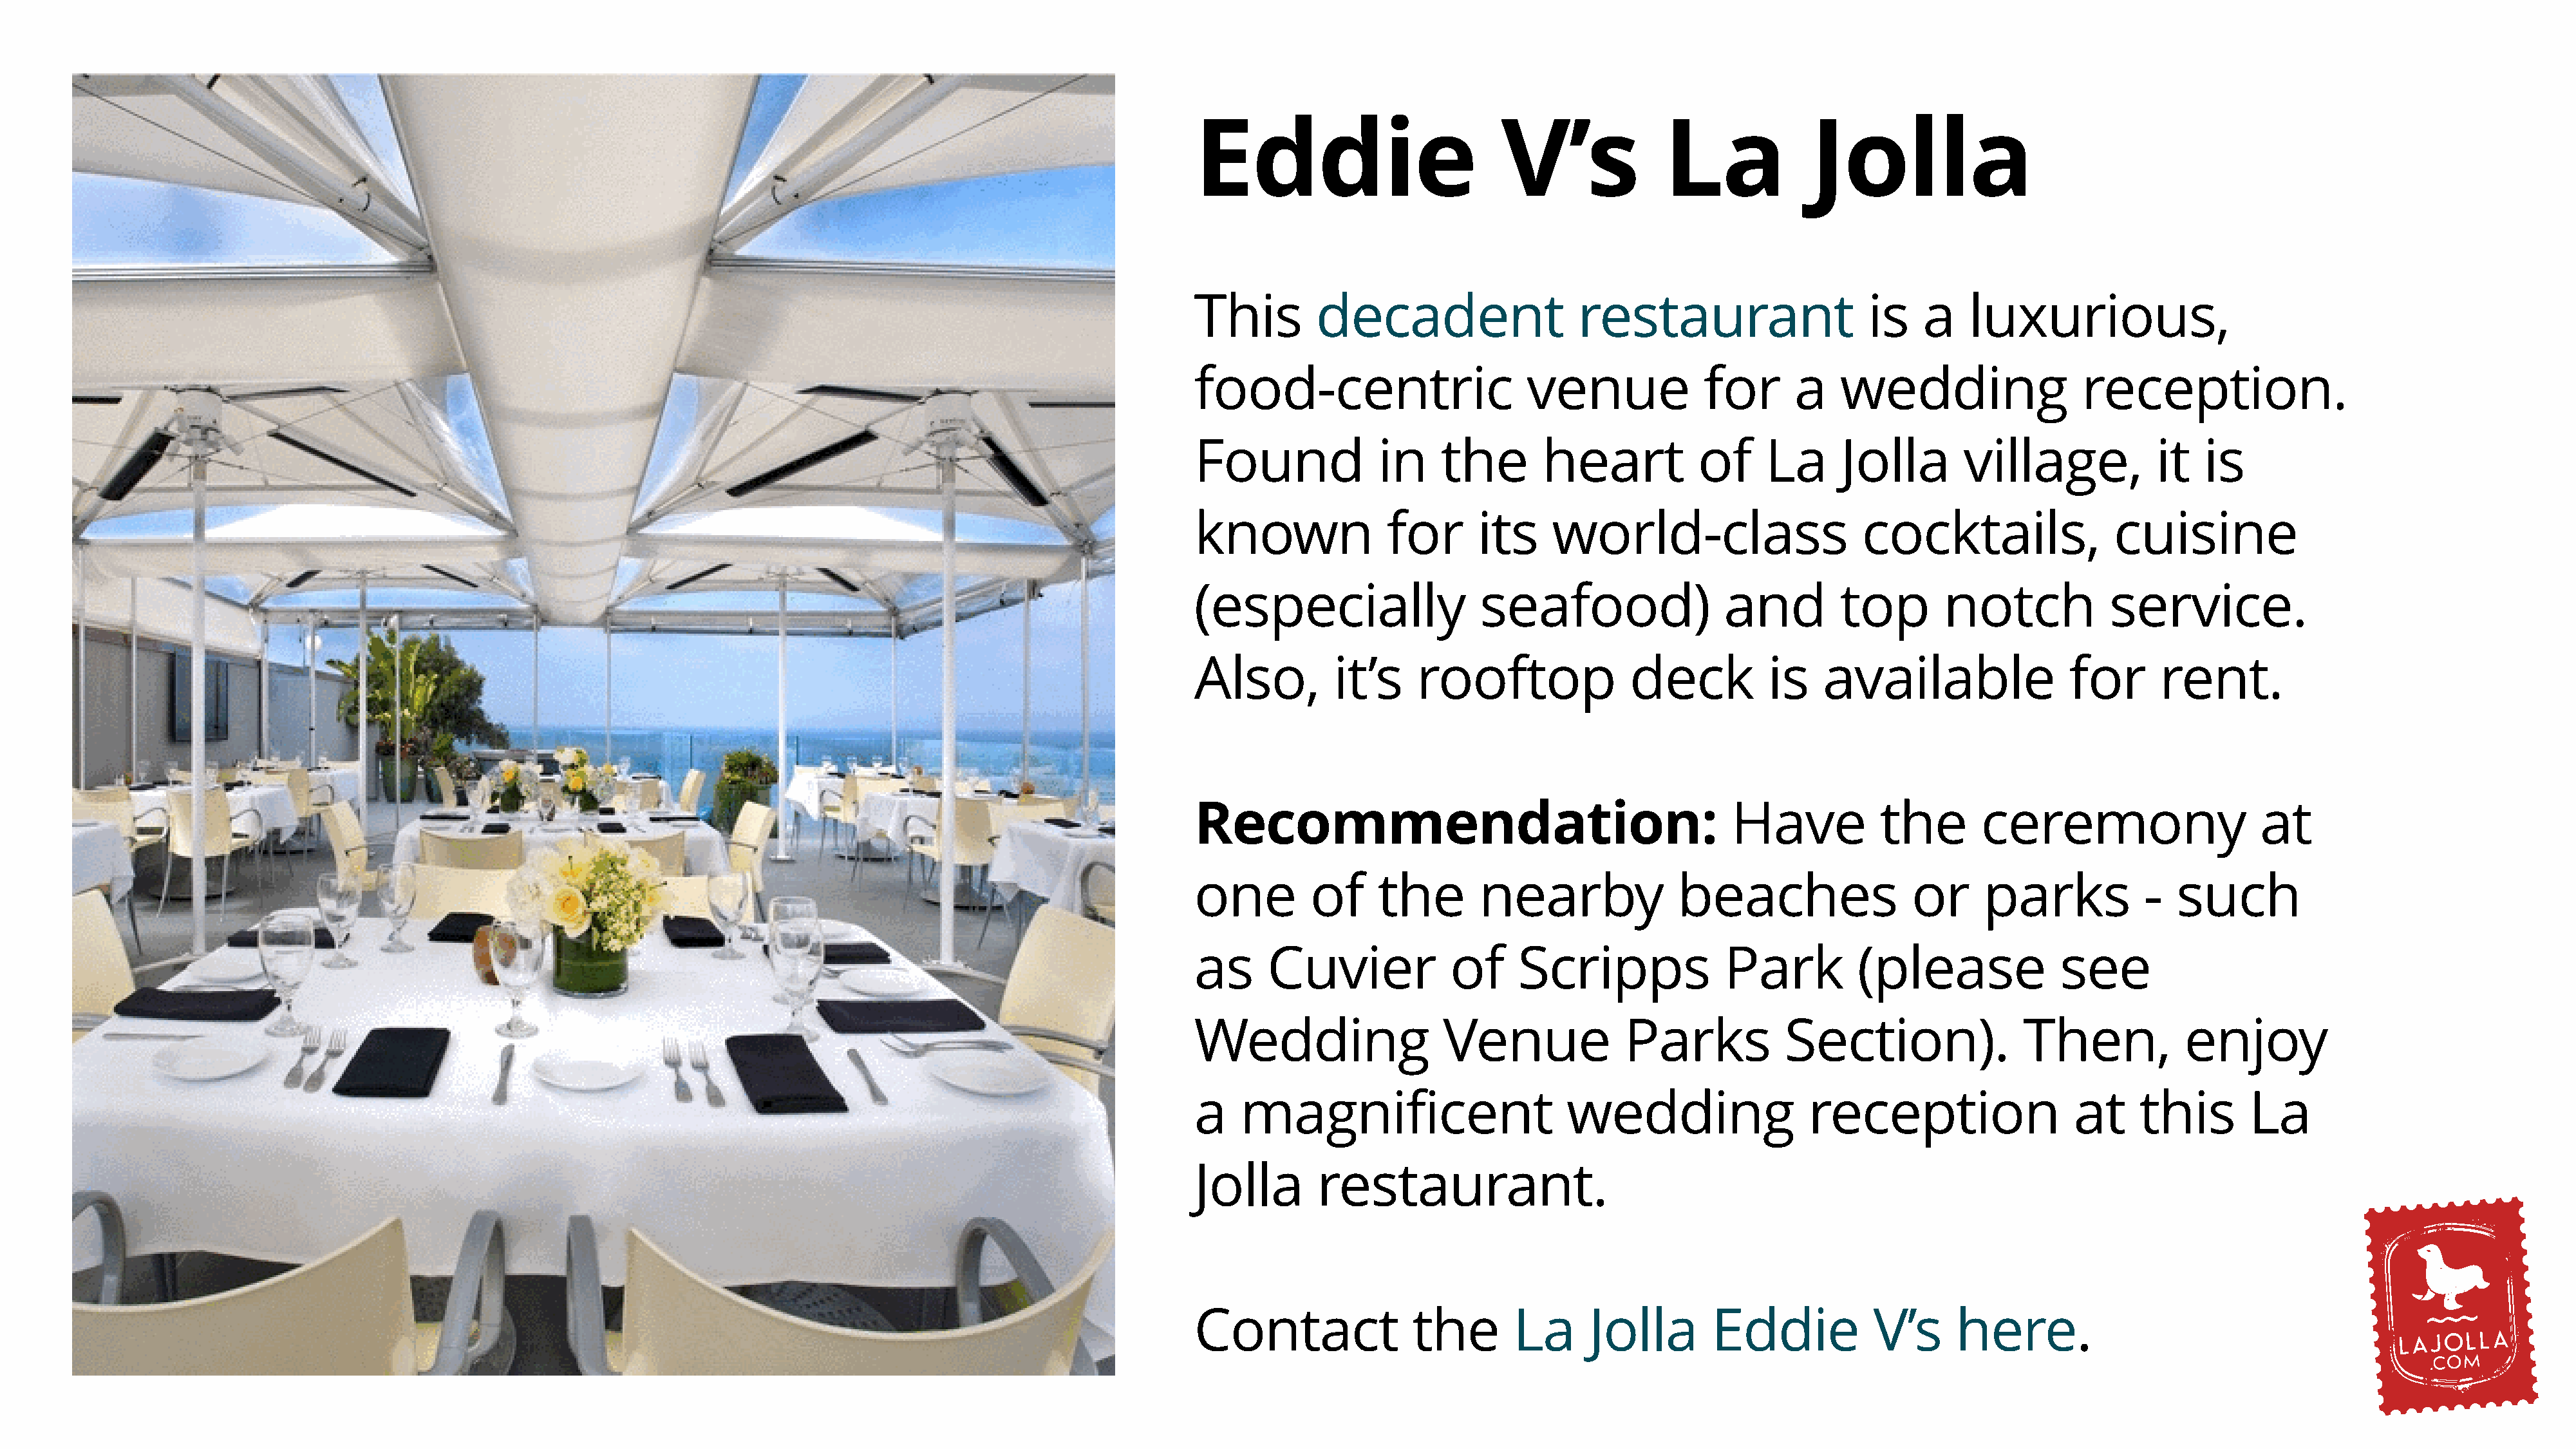
Eddie                          V’s              La             Jolla
 This        decadent                   restaurant                    is    a   luxurious,
 food-centric                      venue             for      a    wedding                  reception.
 Found              in    the        heart           of    La      Jolla        village,            it   is
 known               for      its     world-class                    cocktails,                cuisine
 (especially                  seafood)                 and         top        notch            service.
 Also,         it’s     rooftop               deck          is   available                 for      rent.
 Recommendation:                                        Have           the        ceremony                    at
 one         of     the       nearby              beaches                  or     parks           -   such
 as     Cuvier             of     Scripps              Park          (please              see
 Wedding                  Venue              Parks           Section).                Then,            enjoy
 a   magnificent                       wedding                  reception                  at     this       La
 Jolla       restaurant.
 Contact               the        La     Jolla        Eddie            V’s     here.